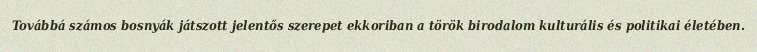
Továbbá számos bosnyák játszott jelentős szerepet ekkoriban a török birodalom kulturális és politikai életében.